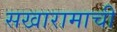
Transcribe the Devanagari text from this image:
सखारामाची